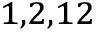
^ { 1 , 2 , 1 2 }